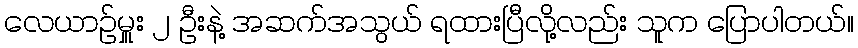
လေယာဉ်မှူး ၂ ဦးနဲ့ အဆက်အသွယ် ရထားပြီလို့လည်း သူက ပြောပါတယ်။